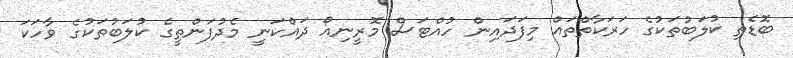
ބޮޑެތި ކުލަބުތަކުގެ ހަރަކާތްތައް މިފަދައިން ހުއްޓަސް މޮރީނިއޯ ދައްކަނީ މެދުފަންތީގެ ކުލަބުތަކުގެ ވާހަކަ